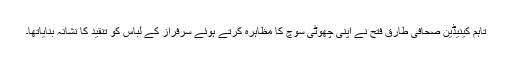
تاہم کینیڈین صحافی طارق فتح نے اپنی چھوٹی سوچ کا مظاہرہ کرتے ہوئے سرفراز کے لباس کو تنقید کا نشانہ بنایاتھا۔